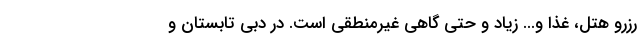
رزرو هتل، غذا و... زیاد و حتی گاهی غیرمنطقی است. در دبی تابستان و